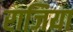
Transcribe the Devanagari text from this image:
राजिया